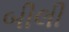
બીલી